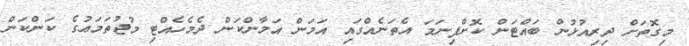
މިގޮތަށް ދިރިއުޅުން ބައްޓަން ކޮށްފިނަމަ އެތަނެއްގައި އަމަން އަމާންކަން ދެމެހެއްޓި މުޖުތަމަޢުގެ ކަންކަން